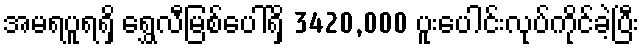
အမရပူရရှိ ရွှေလီမြစ်ပေါ်ရှိ 3420,000 ပူးပေါင်းလုပ်ကိုင်ခဲ့ပြီး